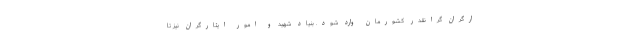
ارگران گرانقدر کشورمان وارد شود. بنیاد شهید و امور ایثارگران نیز تا